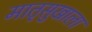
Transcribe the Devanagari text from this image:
मातृसुखाला